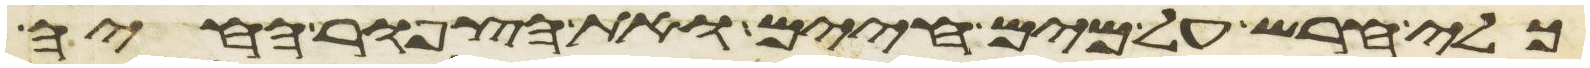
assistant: כלי חרש על מים חיים ואת הצפור החיה